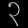
Digit: ၃